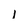
Character: l